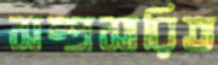
সম্প্রসারিত